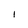
Character: I